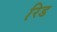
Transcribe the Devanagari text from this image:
रिड